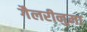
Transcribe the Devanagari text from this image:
गैलरीनुमा